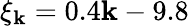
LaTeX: \xi_{\mathbf{k}}=0.4\mathbf{k}-9.8